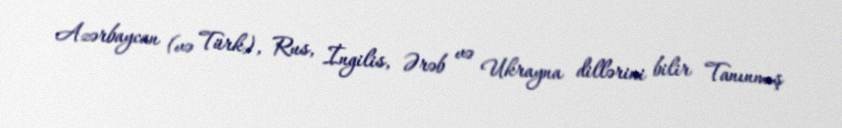
Azərbaycan (və Türk), Rus, İngilis, Ərəb və Ukrayna dillərini bilir Tanınmış